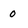
Character: 0